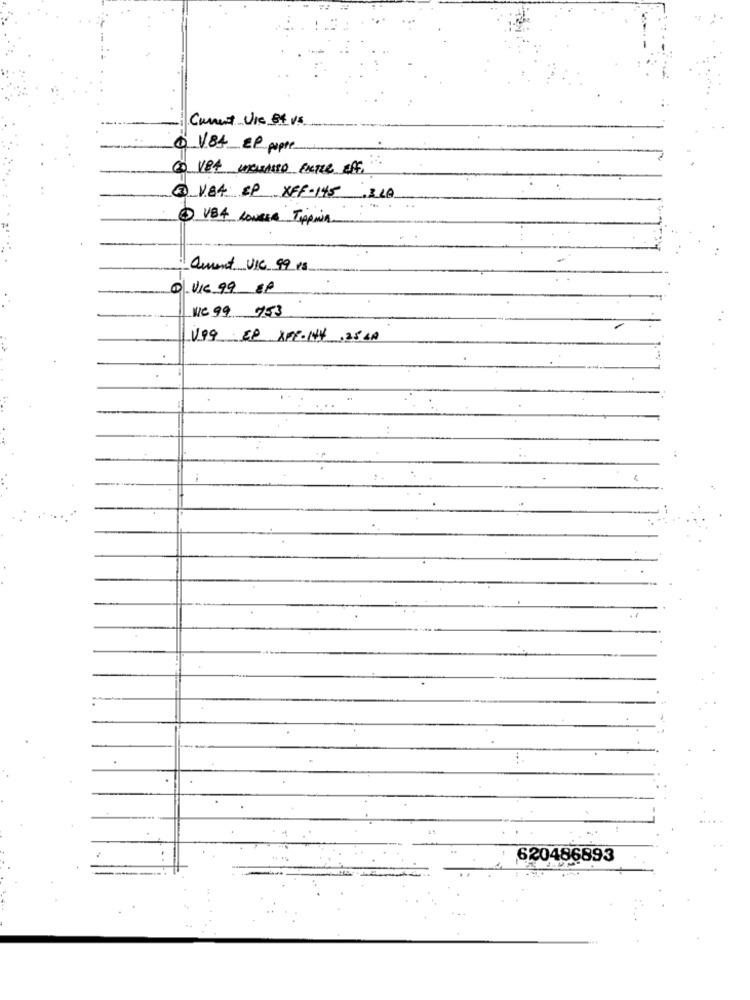
Current Use BY vs.
Q V84 EP poppe
3 V.84 SP XFF-145. 3LA
5 VBA LOWRER TippMia
Quent UIC 99 18
Q.VIC 99 EP
WC 99 753
UP9 EP SPEONY. 25 LA
620486893